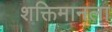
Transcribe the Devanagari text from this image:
शक्तिमानला